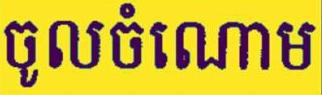
ចូលចំណោម